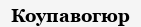
Коупавогюр